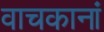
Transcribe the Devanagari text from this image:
वाचकानां